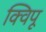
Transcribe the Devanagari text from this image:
क्विपू